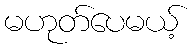
မဟုတ်ပေမယ့်